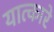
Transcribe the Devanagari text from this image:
यात्कारे